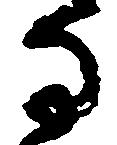
な